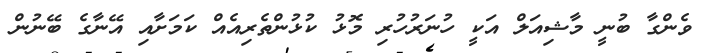
ވެންގާ ބުނީ މާޝިއަލް އަކީ ހުނަރުހުރި މޮޅު ކުޅުންތެރިއެއް ކަމަށާއި އޭނާގެ ބޭނުން